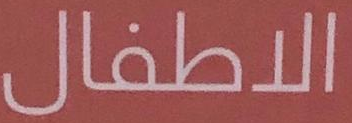
الاطفال